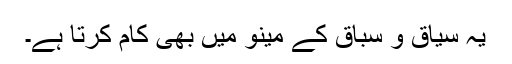
یہ سیاق و سباق کے مینو میں بھی کام کرتا ہے۔